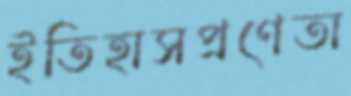
ইতিহাসপ্রণেতা